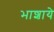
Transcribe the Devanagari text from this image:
भाशाये